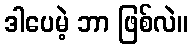
ဒါပေမဲ့ ဘာ ဖြစ်လဲ။